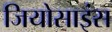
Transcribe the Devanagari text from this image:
जियोसाइंस